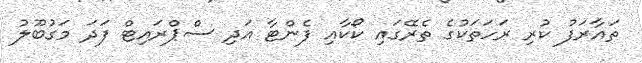
ތައާރަފު ކުރި ރަހަތަކުގެ ތެރޭގައި ކޯކާއި ފެންޓާ އަދި ސްޕްރައިޓް ފަދަ މަގުބޫލު